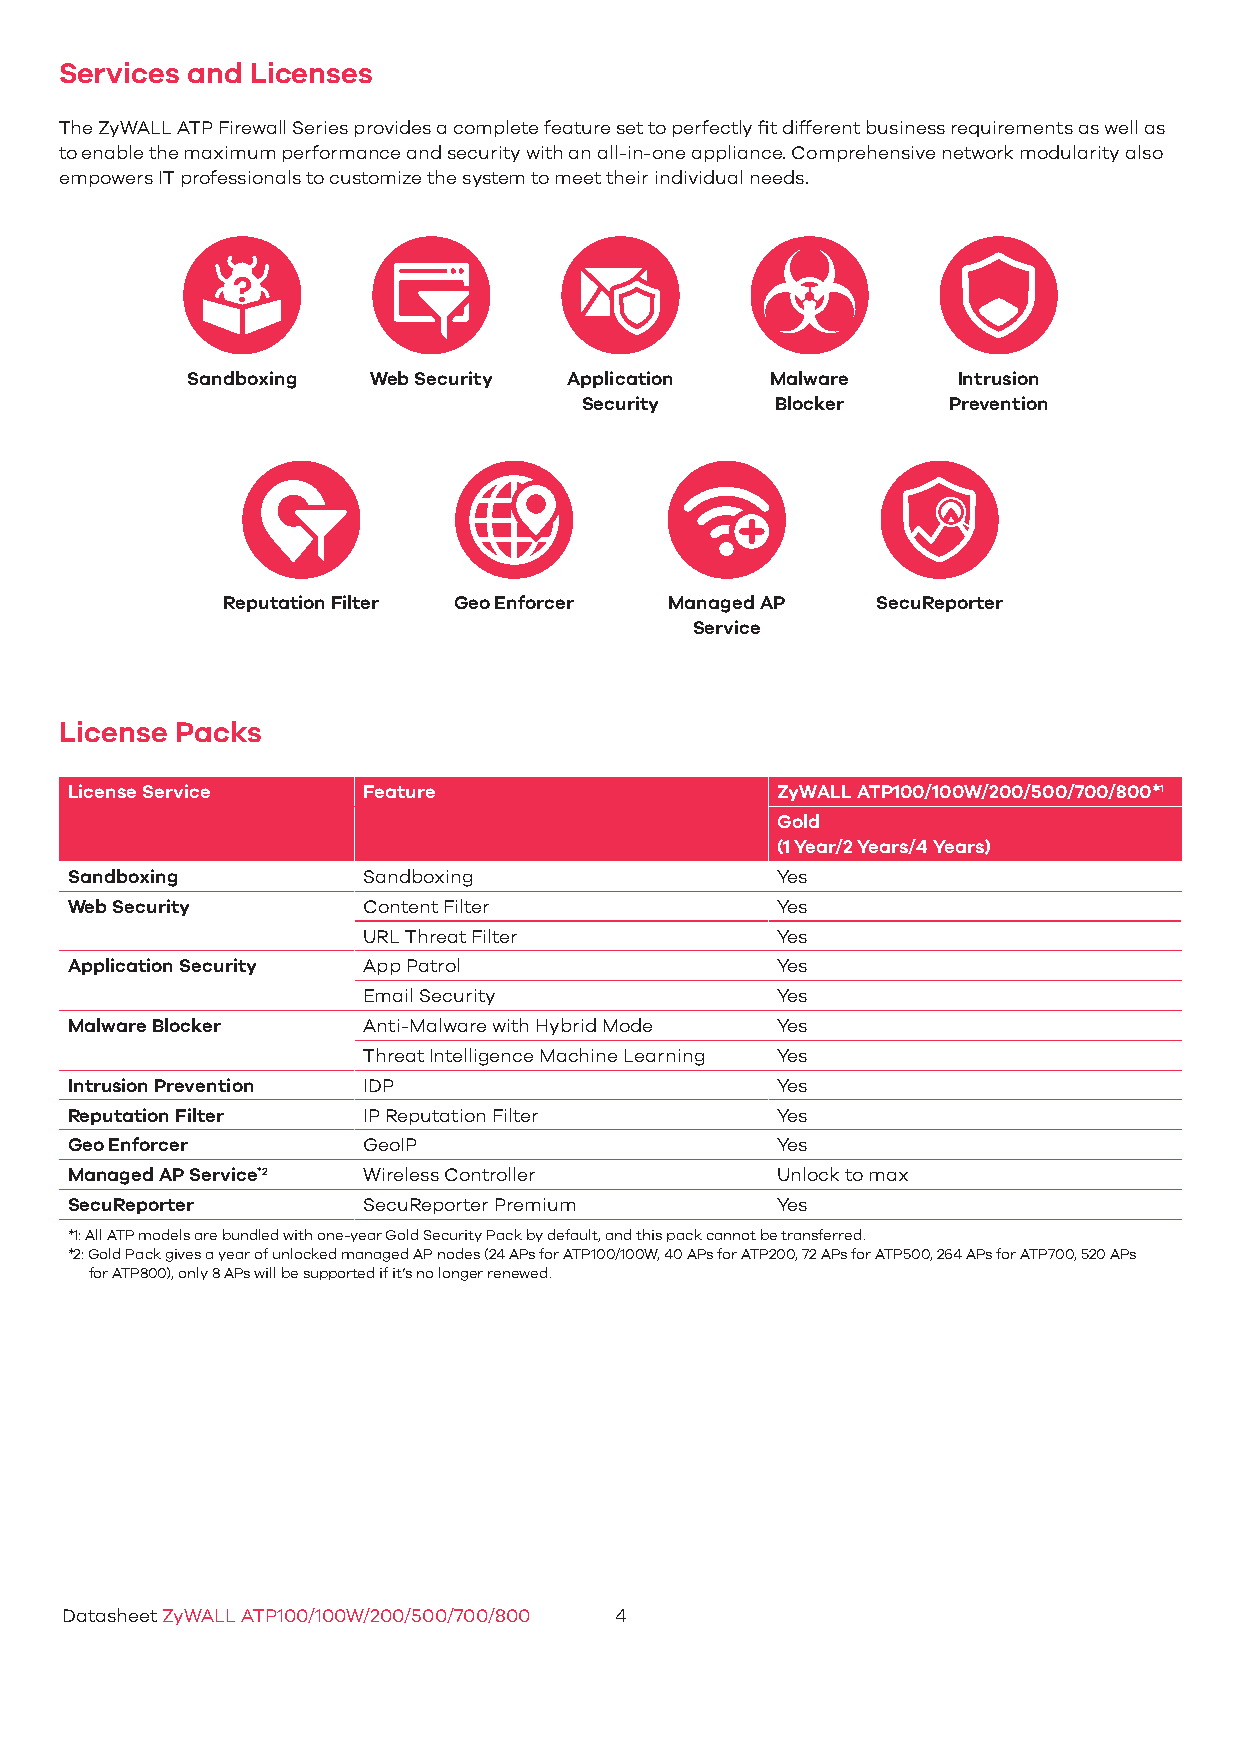
Services and Licenses
 The ZyWALL ATP Firewall Series provides a complete feature set to perfectly fit different business requirements as well as
 to enable the maximum performance and security with an all-in-one appliance. Comprehensive network modularity also
 empowers IT professionals to customize the system to meet their individual needs.
 Sandboxing  Web Security  Application  Malware     Intrusion
 Security     Blocker     Prevention
 Reputation Filter Geo Enforcer Managed AP  SecuReporter
 Service
 License Packs
 License Service     Feature                    ZyWALL ATP100/100W/200/500/700/800*1
 Gold
 (1 Year/2 Years/4 Years)
 Sandboxing          Sandboxing                 Yes
 Web Security        Content Filter             Yes
 URL Threat Filter          Yes
 Application Security App Patrol                Yes
 Email Security             Yes
 Malware Blocker     Anti-Malware with Hybrid Mode Yes
 Threat Intelligence Machine Learning Yes
 Intrusion Prevention IDP                       Yes
 Reputation Filter   IP Reputation Filter       Yes
 Geo Enforcer        GeoIP                      Yes
 Managed AP Service*2 Wireless Controller       Unlock to max
 SecuReporter        SecuReporter Premium       Yes
 *1: All ATP models are bundled with one-year Gold Security Pack by default, and this pack cannot be transferred.
 *2: Gold Pack gives a year of unlocked managed AP nodes (24 APs for ATP100/100W, 40 APs for ATP200, 72 APs for ATP500, 264 APs for ATP700, 520 APs
 for ATP800), only 8 APs will be supported if it’s no longer renewed.
 Datasheet ZyWALL ATP100/100W/200/500/700/800 4